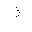
Letter: _thal